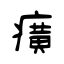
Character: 癀